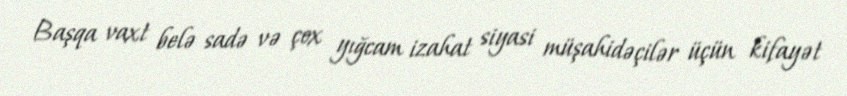
Başqa vaxt belə sadə və çox yığcam izahat siyasi müşahidəçilər üçün kifayət